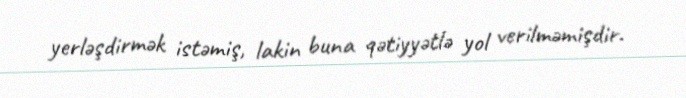
yerləşdirmək istəmiş, lakin buna qətiyyətlə yol verilməmişdir.